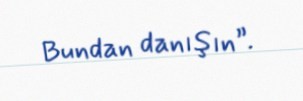
Bundan danışın”.